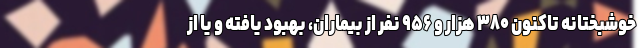
خوشبختانه تاکنون ۳۸۰ هزار و ۹۵۶ نفر از بیماران، بهبود یافته و یا از